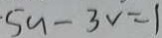
5 u - 3 v = 1